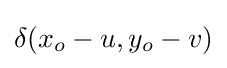
\delta (x_{o}-u,y_{o}-v)